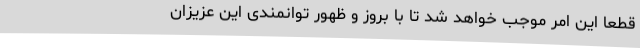
قطعاً این امر موجب خواهد شد تا با بروز و ظهور توانمندی این عزیزان